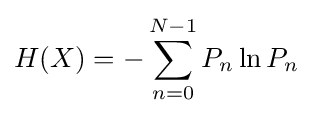
H(X)=-\sum _{n=0}^{N-1}P_{n}\ln P_{n}